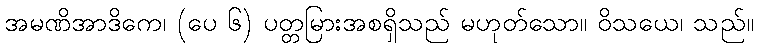
အမဏိအာဒိကေ၊ (ပေ ၆) ပတ္တမြားအစရှိသည် မဟုတ်သော။ ဝိသယေ၊ သည်။